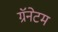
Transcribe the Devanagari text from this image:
ग्रॅनेटम